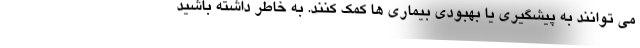
می توانند به پیشگیری یا بهبودی بیماری ها کمک کنند. به خاطر داشته باشید